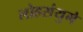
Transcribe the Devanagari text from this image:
लोहसंयुगे